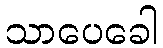
သာပေခေါ